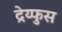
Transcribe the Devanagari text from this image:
द्रेय्फुस